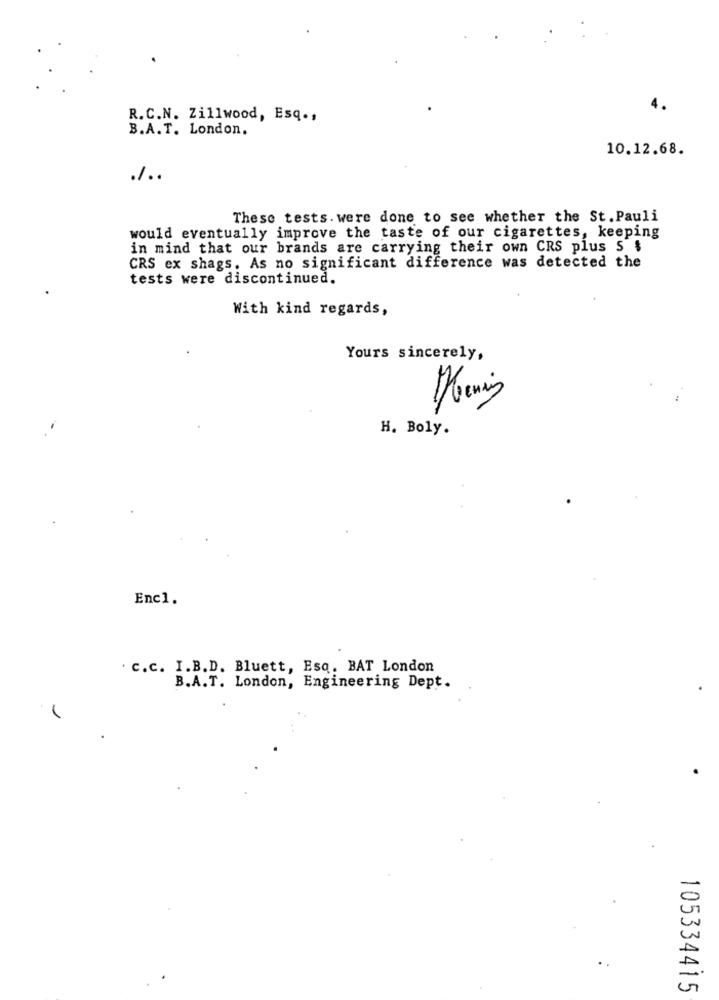
4.
R.C.N. Zillwood, Esq .,
B.A.T. London.
10.12.68.
./ ..
These tests. were done to see whether the St. Pauli
would eventually improve the taste of our cigarettes, keeping
in mind that our brands are carrying their own CRS plus S $
CRS ex shags. As no significant difference was detected the
tests were discontinued.
With kind regards,
Yours sincerely,
H. Boly.
Enc1.
. c.c. I.B.D. Bluett, Esq. BAT London
B.A.T. London, Engineering Dept.
1
105334415